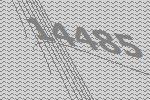
14485